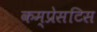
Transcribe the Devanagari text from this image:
कम्प्रेसटिस